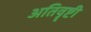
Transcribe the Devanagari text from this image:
अतिवॄष्टी